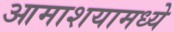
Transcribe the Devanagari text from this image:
आमाशयामध्ये